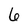
Character: 6